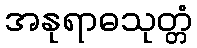
အနုရာဓသုတ္တံ